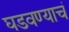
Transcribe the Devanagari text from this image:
घडवण्याचं